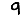
Digit: 9